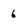
Character: 6